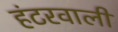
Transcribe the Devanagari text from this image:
हंटरवाली